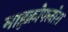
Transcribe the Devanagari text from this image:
माइक्रोफ्लोरा